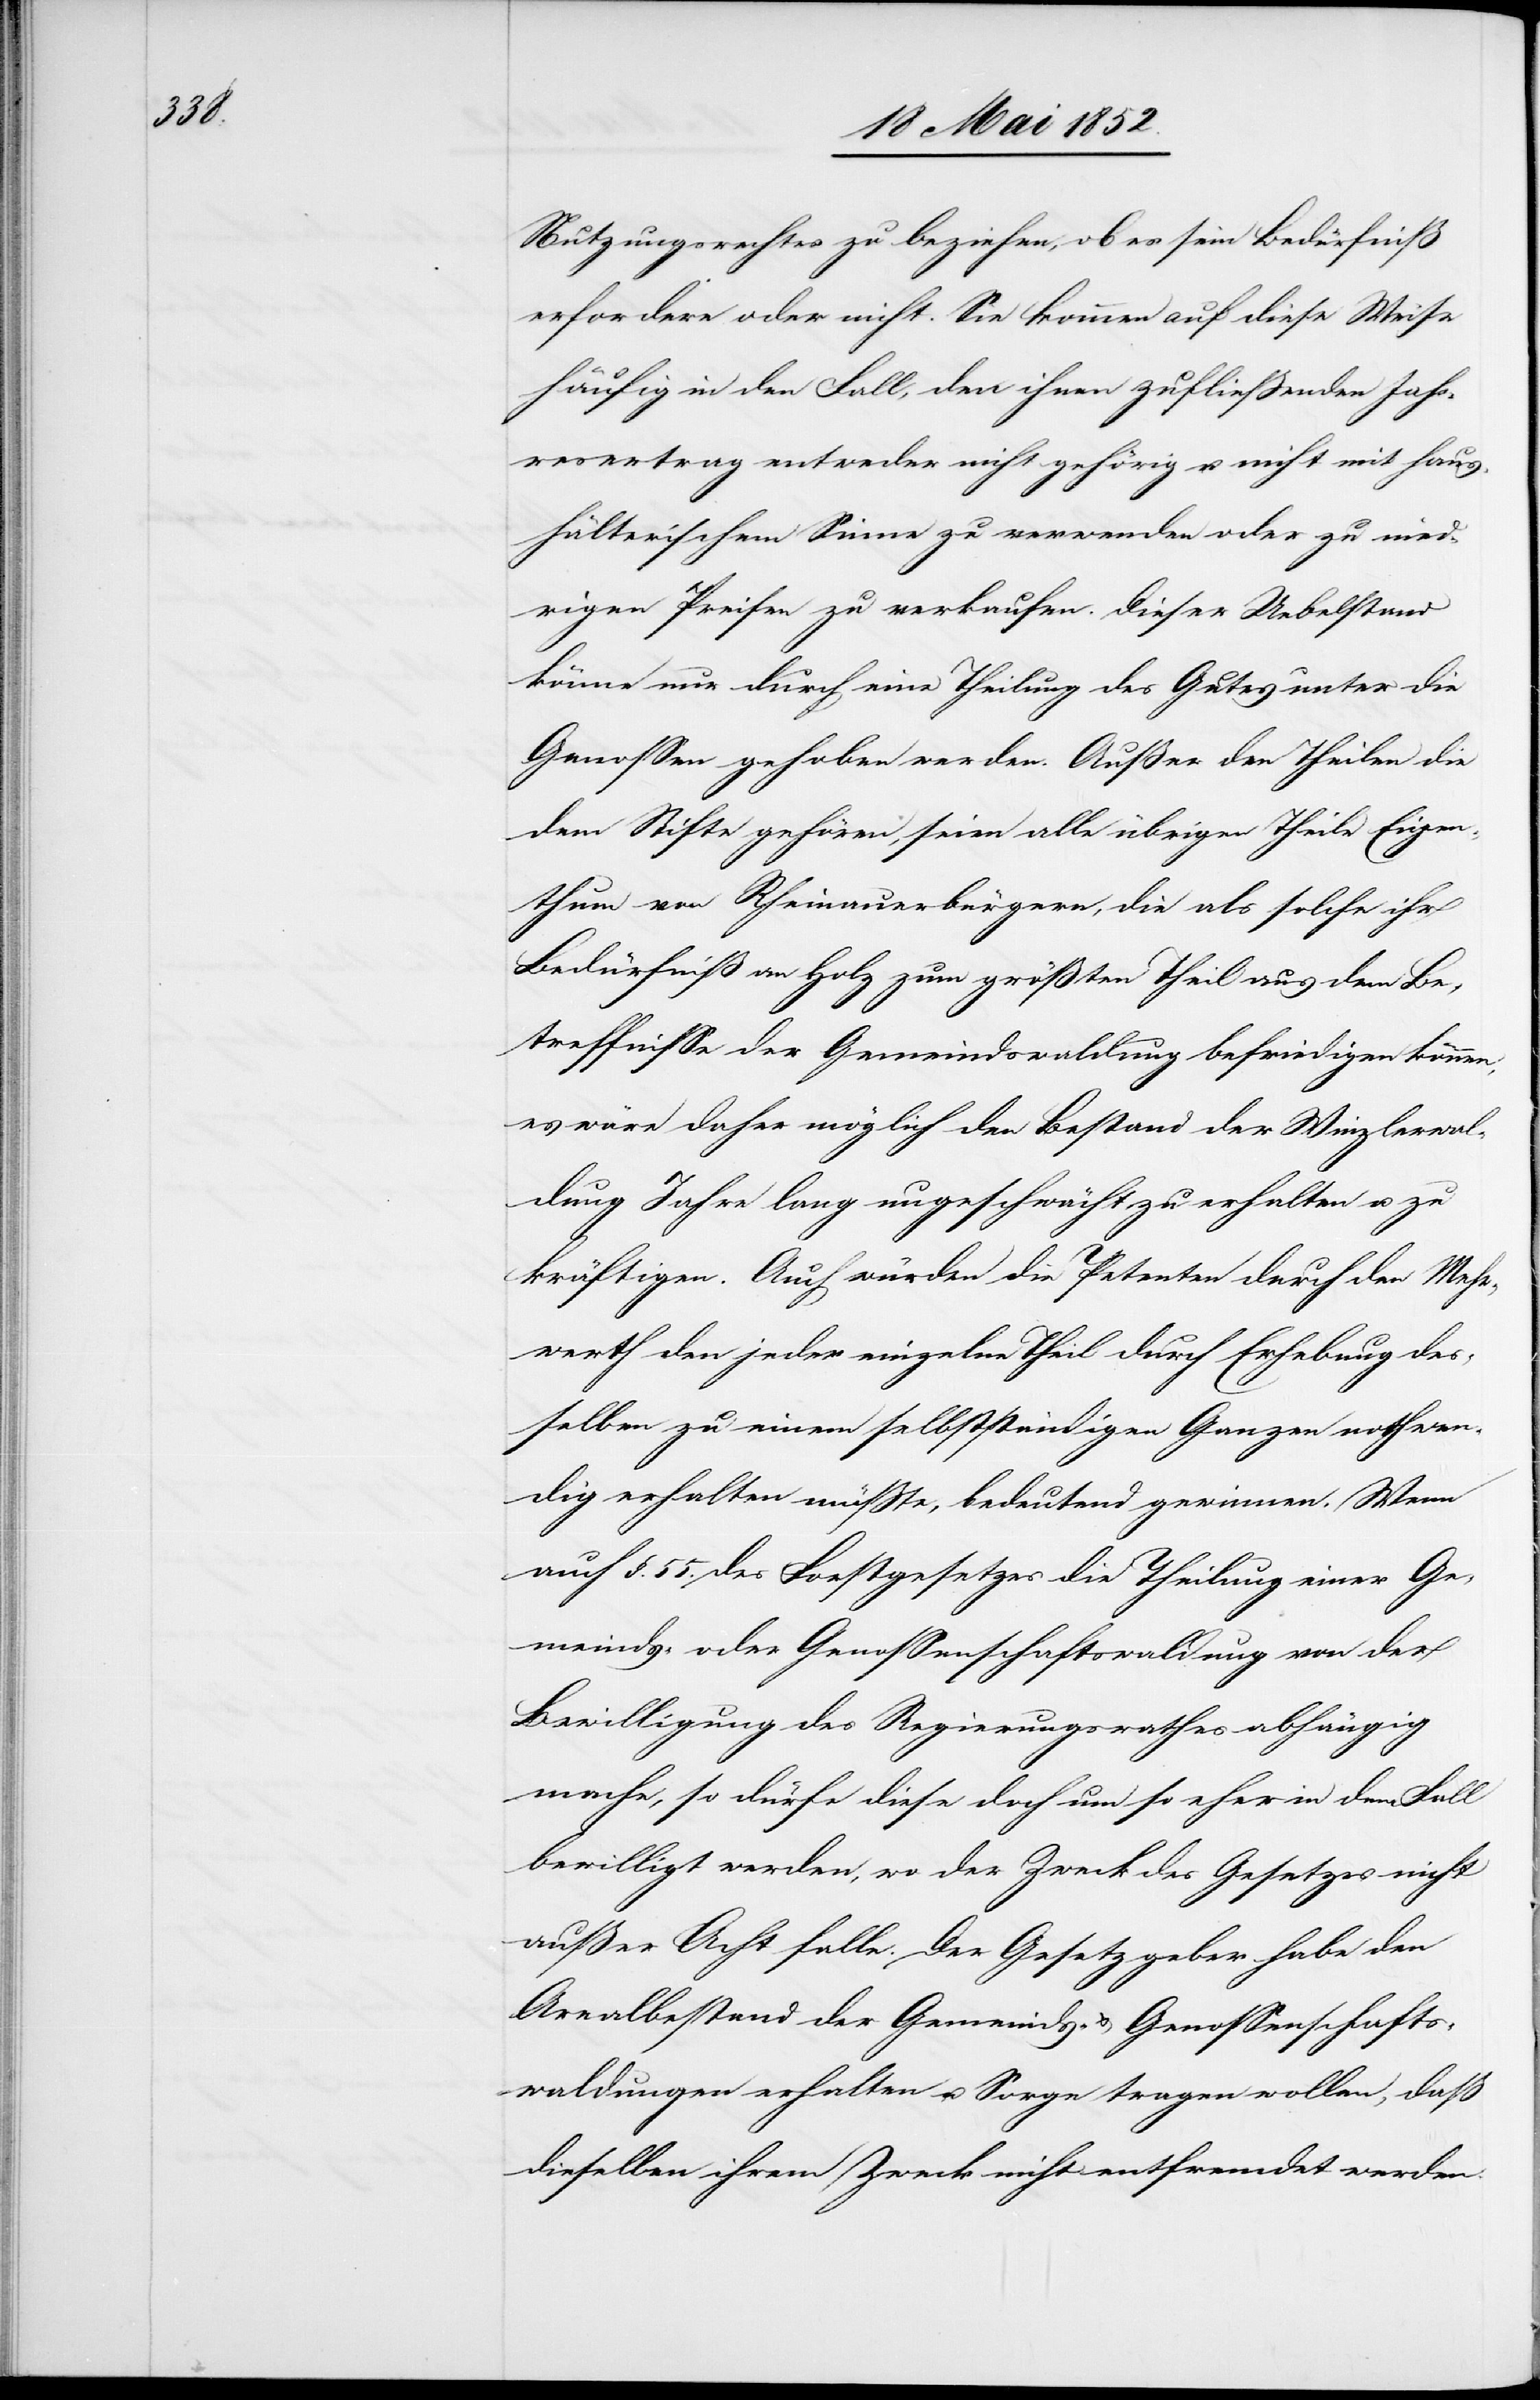
Nutzungsrechtes zu beziehen, ob es sein Bedürfniß
erfordere oder nicht. Sie kommen auf diese Weise
häufig in den Fall, den ihnen zufliessenden Jah¬
resertrag entweder nicht gehörig u. nicht mit haus¬
hälterischem Sinne zu verwenden oder zu nied¬
rigen Preisen zu verkaufen. Dieser Uebelstand
könne nur durch eine Theilung des Gutes unter die
Genossen gehoben werden. Ausser den Theilen die
dem Stifte gehören, seien alle übrigen Theile Eigen¬
thum von Rheinauerbürgern, die als solche ihr
Bedürfniß an Holz zum größten Theil aus dem Be¬
treffnisse der Gemeindswaldung befriedigen können;
es wäre daher möglich den Bestand der Winzlerwal¬
dung Jahre lang ungeschwächt zu erhalten u. zu
kräftigen. Auch würden die Petenten durch den Mehr¬
werth den jeder einzelne Theil durch Erhebung des¬
selben zu einem selbstständigen Ganzen nothwen¬
dig erhalten müsste, bedeutend gewinnen. Wenn
auch §. 55. des Forstgesetzes die Theilung einer Ge¬
meinds- oder Genossenschaftswaldung von der
Bewilligung des Regierungsrathes abhängig
mache, so dürfe diese doch um so eher in dem Fall
bewilligt werden, wo der Zweck des Gesetzes nicht
außer Acht falle. Der Gesetzgeber habe den
Arealbestand der Gemeinds- & Genossenschafts¬
waldungen erhalten u. Sorge tragen wollen, daß
dieselben ihrem Zweck nicht entfremdet werden.